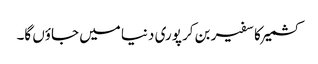
کشمیر کا سفیر بن کر پوری دنیا میں جاؤں گا۔